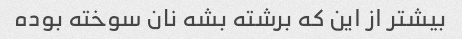
بیشتر از این که برشته بشه نان سوخته بوده